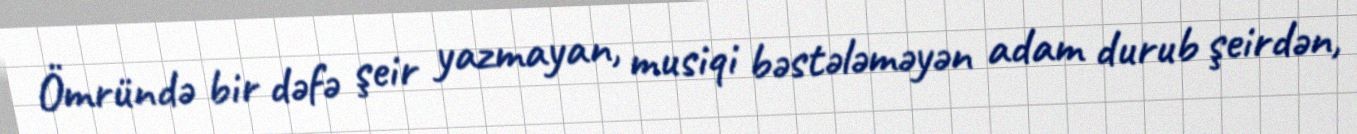
Ömründə bir dəfə şeir yazmayan, musiqi bəstələməyən adam durub şeirdən,